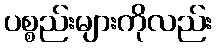
ပစ္စည်းများကိုလည်း